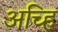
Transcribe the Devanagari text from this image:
अच्हि